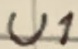
Text: U1